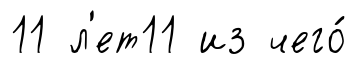
11 л'ет11 из чего́